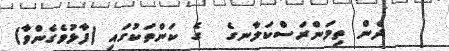
ދެން ތިމަންރަސްކަލާނގެ  ގެ ކަންތަކުގައި (ފާޅުވެގެންވާ)